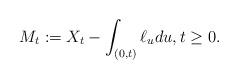
LaTeX: \begin{align*}M_t:= X_t-\int_{(0,t)} \ell_u du, t\geq 0.\end{align*}